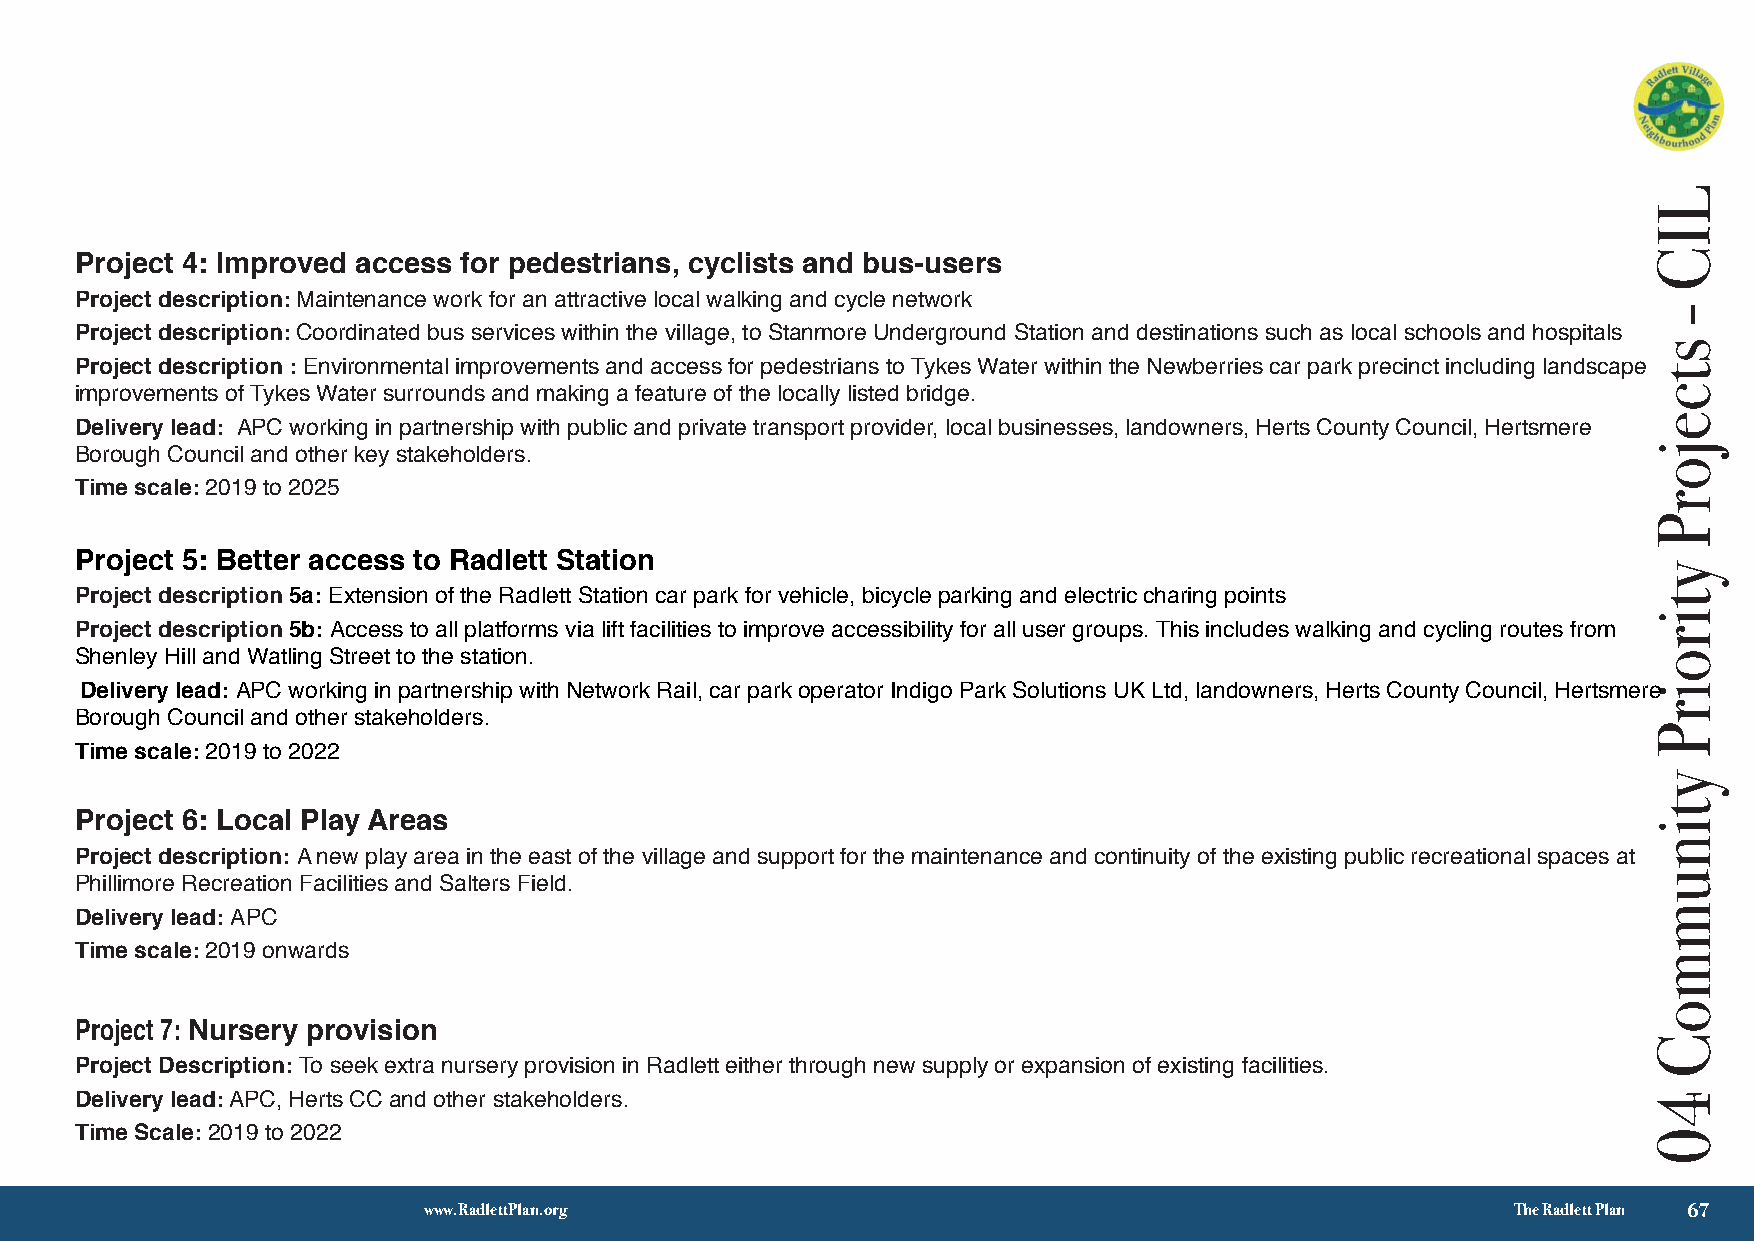
Project 4: Improved access for pedestrians, cyclists and bus-users
 Project description: Maintenance work for an attractive local walking and cycle network
 Project description: Coordinated bus services within the village, to Stanmore Underground Station and destinations such as local schools and hospitals
 Project description : Environmental improvements and access for pedestrians to Tykes Water within the Newberries car park precinct including landscape
 improvements of Tykes Water surrounds and making a feature of the locally listed bridge.
 Delivery lead: APC working in partnership with public and private transport provider, local businesses, landowners, Herts County Council, Hertsmere
 Borough Council and other key stakeholders.
 Time scale: 2019 to 2025
 Project 5: Better access to Radlett Station
 Project description 5a: Extension of the Radlett Station car park for vehicle, bicycle parking and electric charing points
 Project description 5b: Access to all platforms via lift facilities to improve accessibility for all user groups. This includes walking and cycling routes from
 Shenley Hill and Watling Street to the station.
 Delivery lead: APC working in partnership with Network Rail, car park operator Indigo Park Solutions UK Ltd, landowners, Herts County Council, Hertsmere
 Borough Council and other stakeholders.
 Time scale: 2019 to 2022
 Project 6: Local Play Areas
 Project description: A new play area in the east of the village and support for the maintenance and continuity of the existing public recreational spaces at
 Phillimore Recreation Facilities and Salters Field.
 Delivery lead: APC
 Time scale: 2019 onwards
 Project 7: Nursery provision
 Project Description: To seek extra nursery provision in Radlett either through new supply or expansion of existing facilities.
 Delivery lead: APC, Herts CC and other stakeholders.
 Time Scale: 2019 to 2022
 √ 3
 www.RadlettPlan.org                                                     The Radlett Plan 67
 LLIICC
 --
 ssttcceejjoorrPP
 yyttiirrooiirrPP
 yyttiinnuummmmooCC
 4500